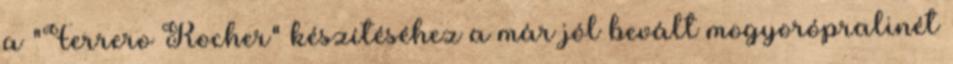
a "Ferrero Rocher" készítéséhez a már jól bevált mogyorópralinét